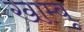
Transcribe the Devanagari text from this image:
खाम्बू